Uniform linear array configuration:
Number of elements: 12
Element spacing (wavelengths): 0.5
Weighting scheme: kaiser
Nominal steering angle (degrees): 0
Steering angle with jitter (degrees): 0.01732
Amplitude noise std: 0.05
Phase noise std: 0.05

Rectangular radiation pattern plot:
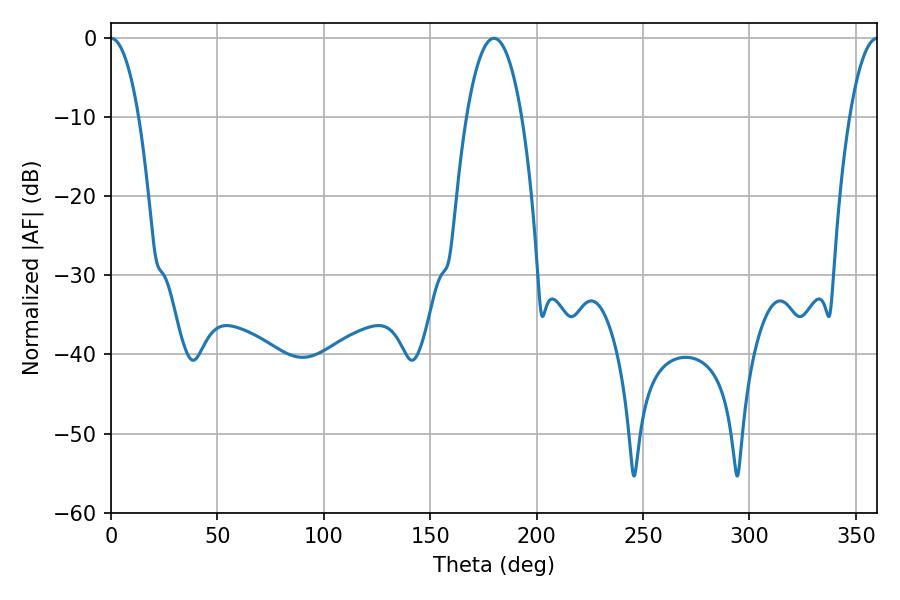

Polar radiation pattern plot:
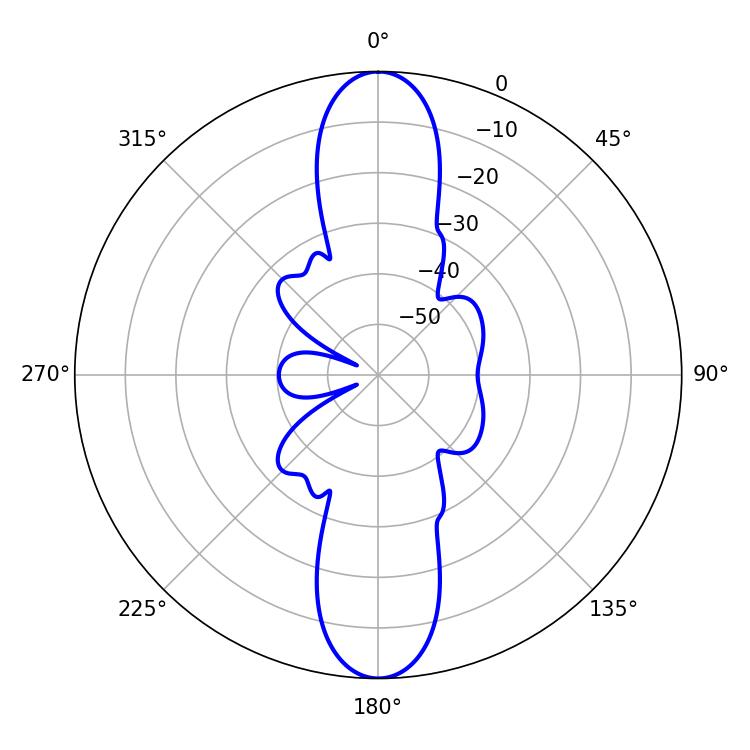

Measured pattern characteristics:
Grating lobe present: FALSE
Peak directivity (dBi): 38.962
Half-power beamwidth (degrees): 7.2
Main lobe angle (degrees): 0